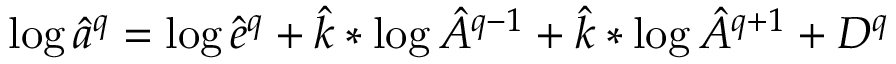
\log \hat { a } ^ { q } = \log \hat { e } ^ { q } + \hat { k } * \log \hat { A } ^ { q - 1 } + \hat { k } * \log \hat { A } ^ { q + 1 } + D ^ { q }